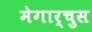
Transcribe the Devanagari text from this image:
मेगार्चुस